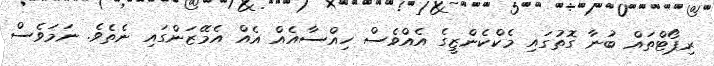
ރިޕޯޓްތައް ބުނާ ގޮތުގައި މެކްކެންޒީގެ އެއްވެސް ހިއްސާއެއް އެއް އެމޭޒަންގައި ނެތެވެ. ނަމަވެސް